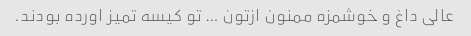
عالی داغ و خوشمزه ممنون ازتون … تو کیسه تمیز اورده بودند.